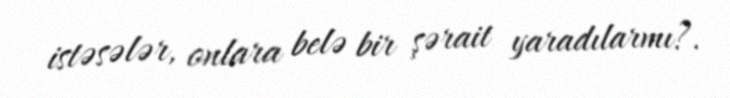
istəsələr, onlara belə bir şərait yaradılarmı?.